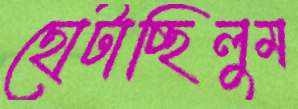
ছোটাচ্ছিলুম